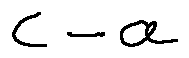
c - a